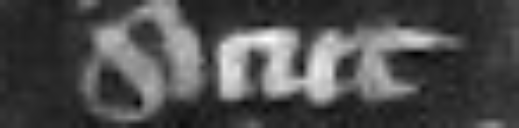
sicut